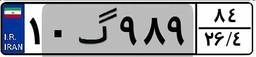
۱۰گ۹۸۹۸۴